Annual report on the working of the lock hospitals in the Central Provinces
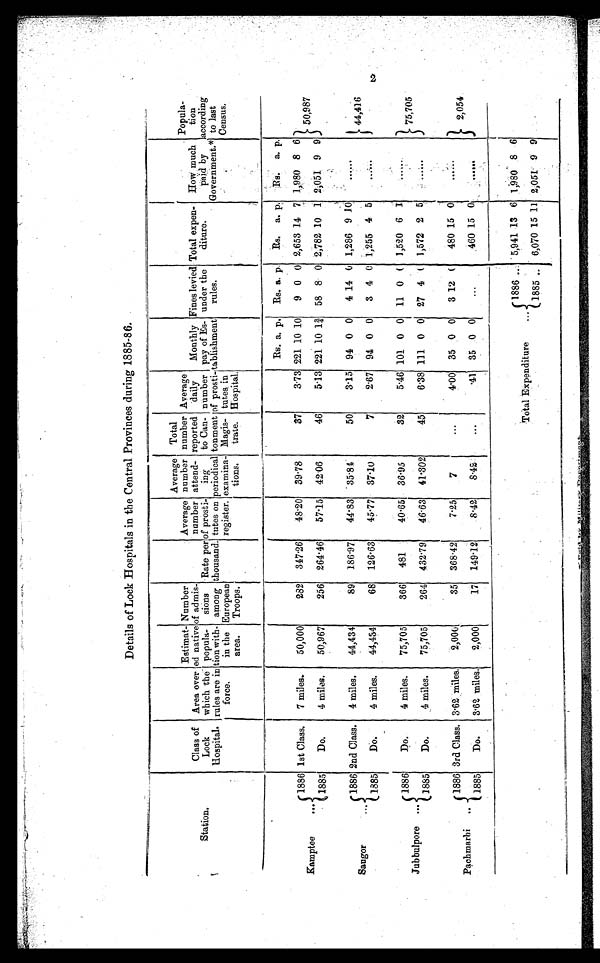
Details of Lock Hospitals in the Central Provinces during 1885-86.
Station.
Class of
Lock
Hospital.
Area over
which the
rules are in
force.
Estimat-
ed native
popula-
tion with-
in the
area.
Number
of admis-
sions
among
Europea
n T r o o p s .
Rate per
thousand.
Average
number
of prosti-
tutes on
register.
Average
number
attend-
ing
periodical
examina -
tions.
Total
number
reported
to Can-
tonment
Magis-
trate.
Average
daily
number
tutes in
Hospital.
Monthly
pay of Es
tablishmeut
Fines
u n d e r t h e r u l e s T o t a l e x p e n d i t u r e .
Total expen-
diture.
How much
paid by
Government.*
Popula-
tion
according
to last
Census.
Rs. a. p. Rs. a. p. Rs. a. p. Rs. a. p.
Kamptee
...
1886 1st Class. 7 miles. 50,000
282 317.26 48.20 39.78
37
3.73 221 10 10 9 0 0 2,653 14 7 1,980 8 6 50,987
1885
Do.
4 miles.
50,967
256 264.46 57.15 42.06
46
5.13 221 10 1¾ 58 8 0 2,782 10 1 2,051 9 9
Saugor
..
1886 2nd Class. 4 miles.
44,434
89 186.97 44.83 35.84
50
3.15 94 0 0 4 14 0 1,286 9 10
......
4 4 , 4 1 6
1885
Do.
4 miles.
44,434
68 126.63 45.77 37.10
7
2.67 94 0 0 3 4 0 1,255 4 5
......
Jubbulpore ...
1886
Do.
4 miles.
75,705
366 481
40.65 36.95
32
5.46 101 0 0 11 0 0 1,520 6 1
. . . . . .
75,705
1885
Do.
4 miles.
75,705
264 432.79 46.63 41.302
45
6.38 111 0 0 27 4 0 1,572 2 5
......
Pachmarhi ...
1 8 8 5 3rd Class. 3.62 miles. 2,000
35 868.42
7.25
7
. . .
4.00 35 0 0 3 12 0 480 15 0
. . . . . .
2,054
1886
Do.
3.62 miles. 2,000
17 149.12
8.42 8.42
...
.41 35 0 0
. . .
460 15 0
. . . . . .
Total Expenditure
...
1 8 8 6
. .
5,941 13 6 1,980 . 8 6
1885 .. 6,070 15 11 2,051 9 9